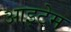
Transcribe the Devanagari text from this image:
आइटेम